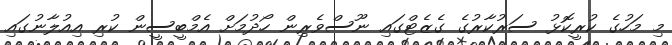
މި މަހުގެ ކުރީކޮޅު ސަރުކާރުގެ ގެޒެޓްގައި ނޫސްވެރިން ހޯދުމަށް އެމްބީސީން ކުރި އިއުލާނުގައި